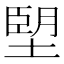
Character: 𪤀